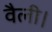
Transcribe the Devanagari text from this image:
वैली।